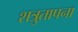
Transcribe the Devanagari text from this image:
शत्रुतापना